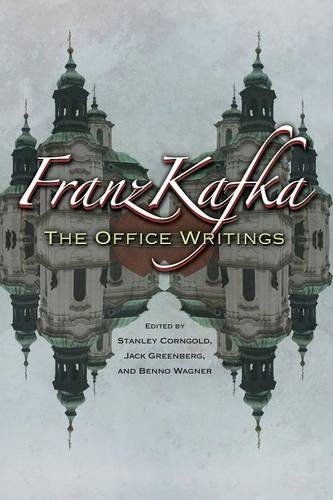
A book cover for Franz Kafka: The Office Writings; Franz Kafka; Law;